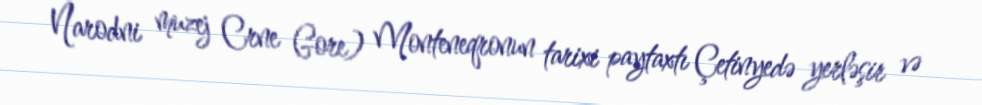
Narodni muzej Crne Gore) Monteneqronun tarixi paytaxtı Çetinyedə yerləşir və